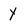
Character: Y